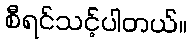
စီရင်သင့်ပါတယ်။